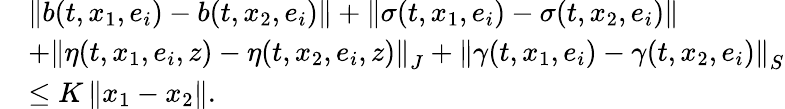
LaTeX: \begin{array}{rl}&{\left\| b(t,x_{1},e_{i})-b(t,x_{2},e_{i})\right\| +\left\| \sigma(t,x_{1},e_{i})-\sigma(t,x_{2},e_{i})\right\| }\\ &{+\left\| \eta(t,x_{1},e_{i},z)-\eta(t,x_{2},e_{i},z)\right\| _{J}+\left\| \gamma(t,x_{1},e_{i})-\gamma(t,x_{2},e_{i})\right\| _{S}}\\ &{\leq K\left\| x_{1}-x_{2}\right\| .}\end{array}